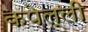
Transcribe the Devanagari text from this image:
कपेल्ली